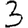
Digit: 3